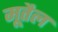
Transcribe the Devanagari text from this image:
मूतैल